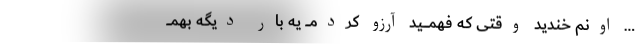
… اونم خندید وقتی که فهمـــــید آرزو کردمــــ یه بار دیگه بهمــــ